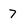
Character: 7